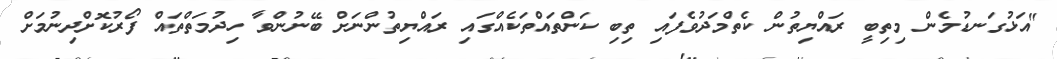
"އަޅުގަނޑުމެން މިތިބީ ރައްޔިތުން ކެތްމަދުވެފައި ތިބި ކަންތައްތަކެއްގައި ރައްޔިތުންނަށް ބޭނުންވާ ހިދުމަތްތައް ފޯރުކޮށްދިނުމަށް